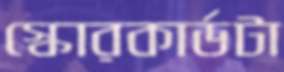
স্কোরকার্ডটা